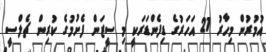
އުމުރުން މިހާރު 21 އަހަރުގެ ޑިފެންޑަރަކީ މި ސީޒަން ފެށުމުގެ ކުރިން ޗެލްސީ